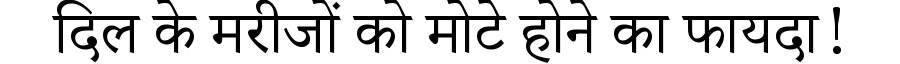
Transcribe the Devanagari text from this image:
दिल के मरीजों को मोटे होने का फायदा!